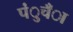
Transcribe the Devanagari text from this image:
पंुचँा